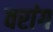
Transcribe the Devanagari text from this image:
वरांग